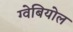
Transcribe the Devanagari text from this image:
ग्वेबियोल